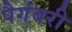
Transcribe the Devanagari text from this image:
पैगंबरी